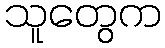
သူတွေက